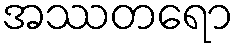
အဿတရော